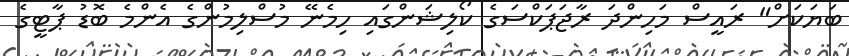
ބަޔަކަށް" ރައީސް މަހިންދަ ރާޖަޕަކްސަގެ ކޯލިޝަންގައި ހިމެނޭ މުސްލިމުންގެ އެންމެ ބޮޑު ޕާޓީގެ